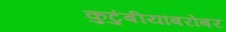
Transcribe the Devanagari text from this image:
कुटुंबीयांबरोबर